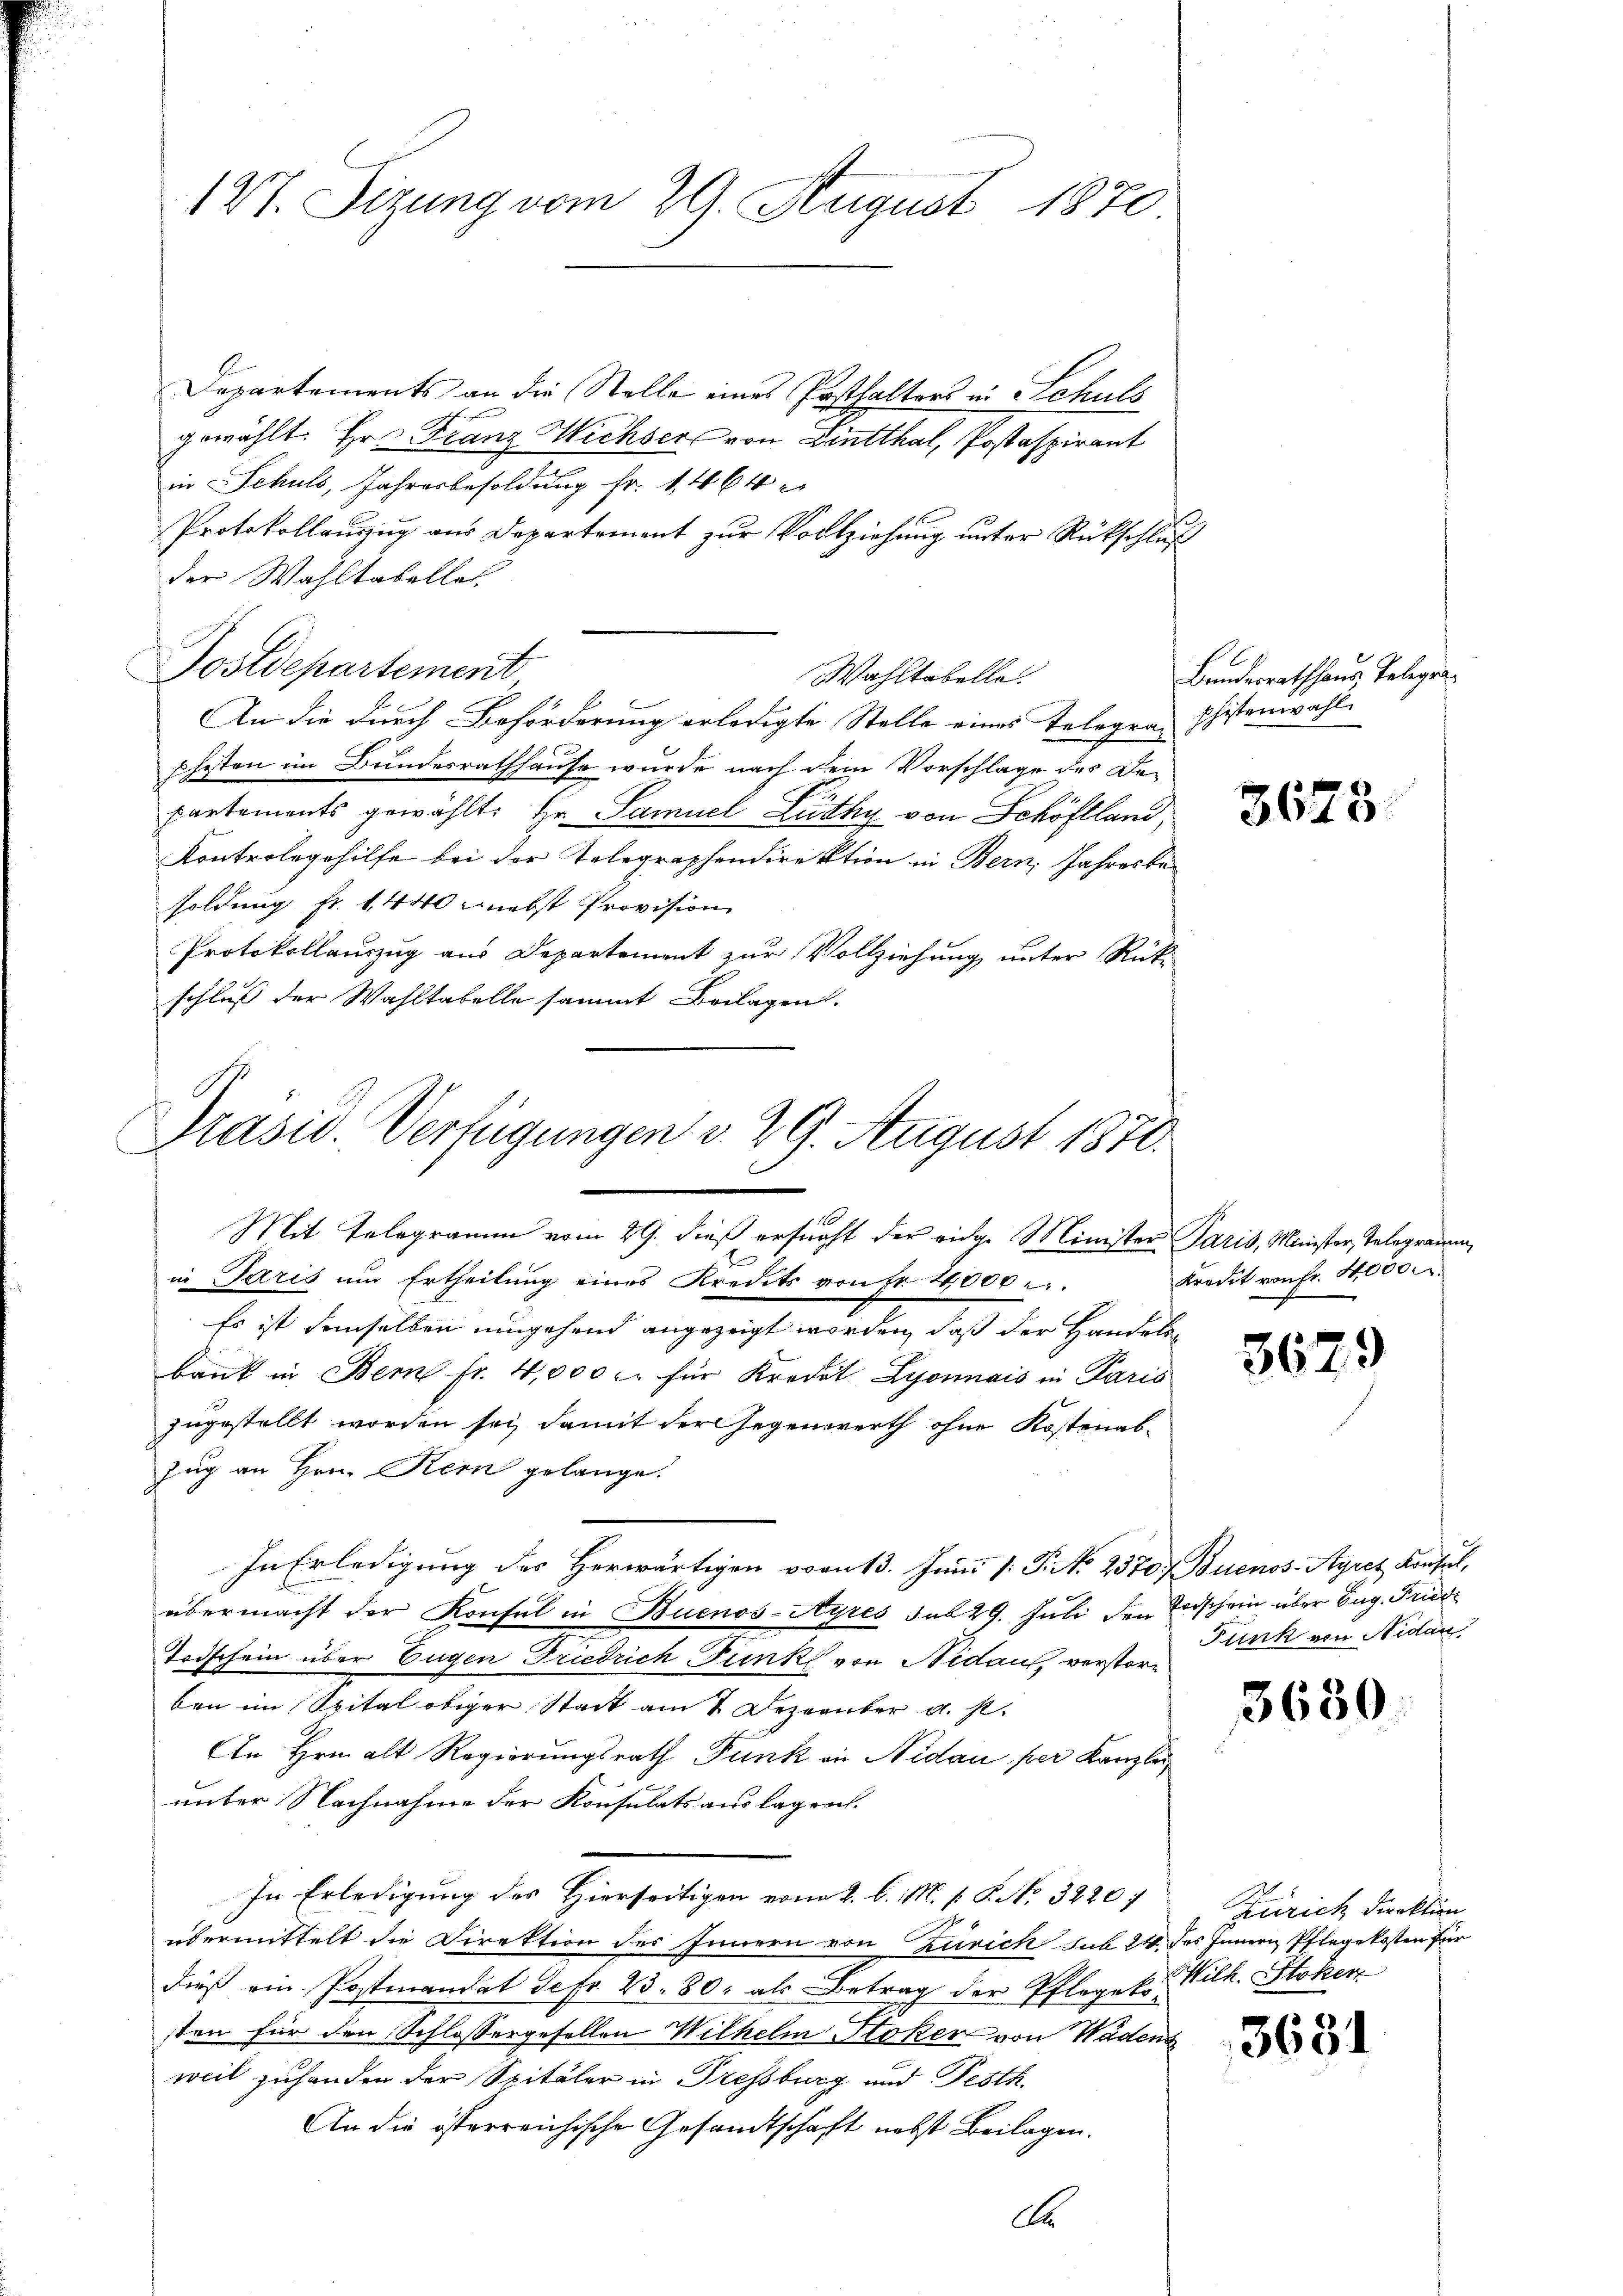
127. Sizung vom 29. August 1870.

Departements an die Stelle eines Posthalters in Schuls
gewählt. Hr. Franz Wichser von Lintthal, Postaspirant
in Schuls, Jahresbesoldung fr. 1464
Protokollauszug aus Departement zur Vollziehung unter Rückschluß
der Wahltabellat
Postdepartement
Wahltabelle.
An die durch Beförderung erledigte Stelle eines Telegraphistenwahl
phisten im Bundesrathhause wurde nach dem Vorschlage des Departements gewählt: Hr. Samuel Lüthy von Schöflland,
Kontrolegehilfe bei der Telegraphendirektion in Bern, Jahresbesoldung fr. 1440 nebst Provision
Protokollauszug aus Departement zur Vollziehung unter Rückschluß der Wahltabelle sammt Beilagen.

Präsid. Verfügungen v. 29. August 1870.
1

Mit Telegramm vom 29. dieß ersucht der eidg. Minister Paris, Minister, Telegramm,
in Paris um Ertheilung eines Kredits von fr. 24,000
Es ist demselben umgehend angezeigt worden, daß der Handelsbank in Bern fr. 4,000 l. für Kredet Lyonnais in Paris
zugestellt worden sei, damit der Gegenwerth ohne Kostenabzug an Hrn. Kern gelange.
In Erledigung des Herwärtigen vom 13. Juni /: P. Nr. 2570. Buenos-Ayres Konsul,
übermacht der Konsul in Buenos-Ayres sub 29. Juli den Todschein über Eug. Friedi
Todschein über Eugen Friedrich Funk von Nidau, verstorben im Spital obiger Stadt am 2. Dezember a. s.
An Hrn. alt Regierungsrath Funk in Nidau, per Kanzlei
unter Nachnahme der Konsulats auslagen.
In Erledigung des Hierseitigen vom 2. l. M. P. P. No. 3220
übermittelt die Direktion des Innern von Zürich sub 24 des Innern Pflegekosten für
dieß ein Postmandat Sefr. 23. 80. als Betrag der Pfleget. Wilh. Stoker
sten für den Schlossergesellen Wilhelm Stoker von Wädens
weil zuhanden der Spitäler in Tressburg und Festh.
An die österreichische Gesandtschaft nebst Beilagen.
A

Bandesrathhaus Teleger¬

3673.

Kredit von Fr. 4000 r

3679

Funk von Nidau

3630.

Zürich direktion

363.